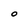
Character: O